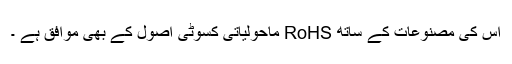
اس کی مصنوعات کے ساتھ RoHS ماحولیاتی کسوٹی اصول کے بھی موافق ہے ۔